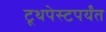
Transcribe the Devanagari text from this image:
टूथपेस्टपर्यंत